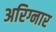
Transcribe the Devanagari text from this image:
अरिग्नार